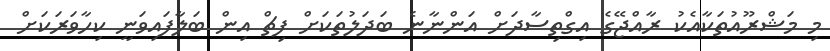
މި މަޝްރޫއުތަކާއެކު ރާއްޖޭގެ އިގްތިސާދަށް އަންނާނެ ބަދަލުތަކަށް ފިޗް އިން ބަލާފައިވަނީ ކިހާވަރަކަށް